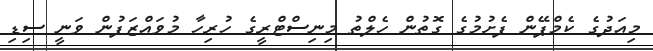
މިއަދުގެ ކެމްޕޭން ފެށުމުގެ ގޮތުން ހެލްތު މިނިސްޓްރީގެ ހުރިހާ މުވައްޒަފުން ވަނީ ސިޑި